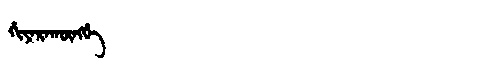
Manchu: ᡤᡳᠶᠠᡵᠠᡴᡡᠩᡤᡝ
Romanization: GIYARAKŪNGGE